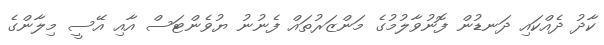
ކާދު ދެއްކައި ދަނޑުން ފޮނުވާލުމުގެ މަންޒަރުތައް ފެނުނު ޔުވެންޓަސް އާއި އޭސީ މިލާންގެ